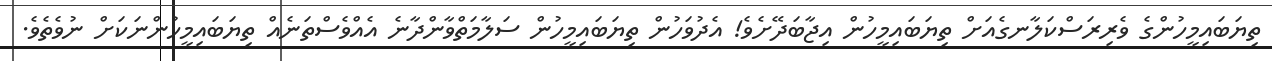
ތިޔަބައިމީހުންގެ ވެރިރަސްކަލާނގެއަށް ތިޔަބައިމީހުން އިޖާބަދޭށެވެ! އެދުވަހުން ތިޔަބައިމީހުން ސަލާމަތްވާންދާނެ އެއްވެސްތަނެއް ތިޔަބައިމީހުންނަކަށް ނުވެތެވެ.